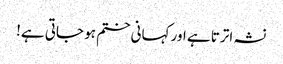
نشہ اترتا ہے اور کہانی ختم ہو جاتی ہے!